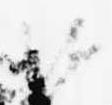
沙